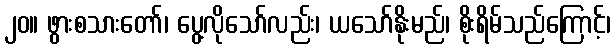
၂၀။ ဖွားစသားတော်၊ ပွေ့လိုသော်လည်း၊ ယသော်နိုးမည်၊ စိုးရိမ်သည်ကြောင့်၊